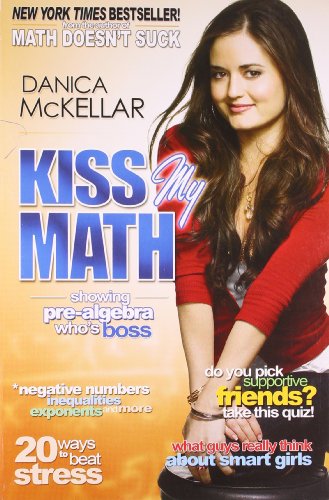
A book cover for Kiss My Math: Showing Pre-Algebra Who's Boss; Danica McKellar; Science & Math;